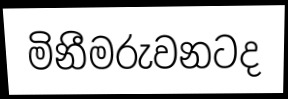
මිනීමරුවනටද